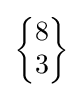
{\begin{Bmatrix}8\\3\end{Bmatrix}}